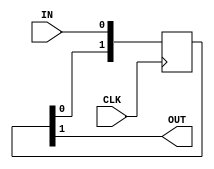
/* Company:
**
** Design Name:
** Module Name: SyncLine 
** Project Name: AXI4Bus
** Description:
**
** Dependencies:
**
** Revision:
** Revision 0.01 - File Created
** Additional Comments:
*/

module SyncLine #(
	parameter STAGES = 2,
	parameter WIDTH  = 1
)(
	input              CLK,
	input  [WIDTH-1:0] IN,
	output [WIDTH-1:0] OUT
);

genvar i;
generate
	for (i=0; i < WIDTH; i=i+1)begin: data
		(* ASYNC_REG="TRUE" *) reg [STAGES-1:0] sreg;
		always @(posedge CLK)begin
			sreg <= {sreg[STAGES-2:0], IN[i]};
		end
		assign OUT[i] = sreg[STAGES-1];
	end
endgenerate

endmodule